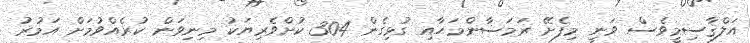
އަލްޤާސިމީވެސް ވަނީ މިފެށޭ ރަމަޟާންމަހާއި ގުޅިގެން 304 ކުށްވެރިޔަކު މިނިވަން ކުރެއްވުމަށް އަމުރު